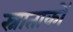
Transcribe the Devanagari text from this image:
स्नाताकों